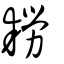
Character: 耢